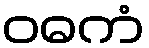
ဝဓကံ